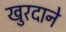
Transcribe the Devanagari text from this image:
खुरदाने